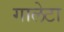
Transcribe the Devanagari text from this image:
गालेटा